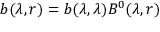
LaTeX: b ( \lambda , r ) = b ( \lambda , \lambda ) B ^ { 0 } ( \lambda , r )